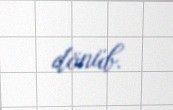
dönüb.